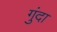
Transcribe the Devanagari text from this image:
गुंदा